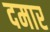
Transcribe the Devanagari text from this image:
दमार